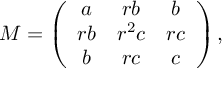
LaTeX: { \cal M } = \left( \begin{array} { c c c } { { a } } & { { r b } } & { { b } } \\ { { r b } } & { { r ^ { 2 } c } } & { { r c } } \\ { { b } } & { { r c } } & { { c } } \end{array} \right) ,